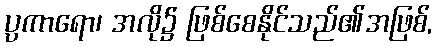
ပ္ပကာရော၊ အလို၌ ဖြစ်စေနိုင်သည်၏အဖြစ်,